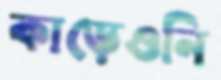
কাড়েওনি